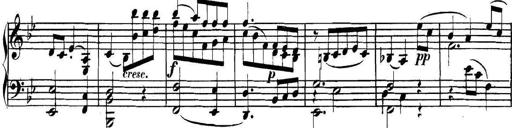
Title: Collected Piano Sonatas
Composer: Muzio Clementi